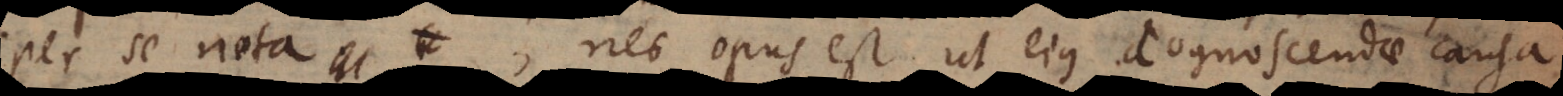
per se nota, nec opus est ut ejus cognoscendae causa